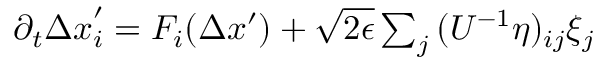
\begin{array} { r } { \partial _ { t } { \Delta x } _ { i } ^ { \prime } = F _ { i } ( \Delta x ^ { \prime } ) + \sqrt { 2 \epsilon } \sum _ { j } \, ( U ^ { - 1 } \eta ) _ { i j } \xi _ { j } \, } \end{array}